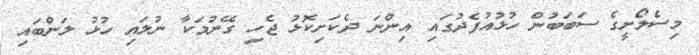
މިސެލޯށީގެ ސަބަބުން ހުޅުއުފެދުގައި އިންނަ ދެކަށިކޮޅު ޖެހި ގޭނުމަކާ ނުލައި ހުޅު ލަންބައި